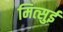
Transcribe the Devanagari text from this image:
मित्‍सुई